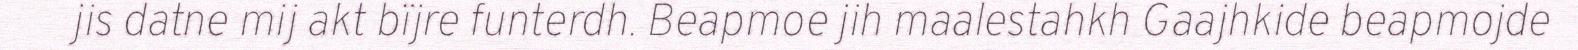
jis datne mij akt bïjre funterdh. Beapmoe jih maalestahkh Gaajhkide beapmojde